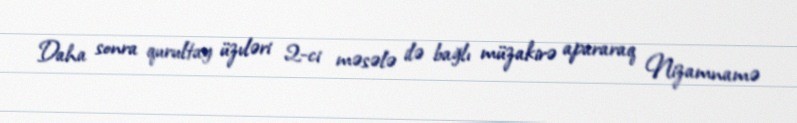
Daha sonra qurultay üzvləri 2-ci məsələ ilə bağlı müzakirə apararaq Nizamnamə